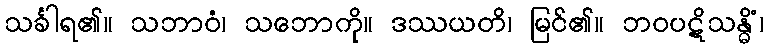
သင်္ခါရ၏။ သဘာဝံ၊ သဘောကို။ ဒဿယတိ၊ မြင်၏။ ဘဝပဋိသန္ဓိံ၊